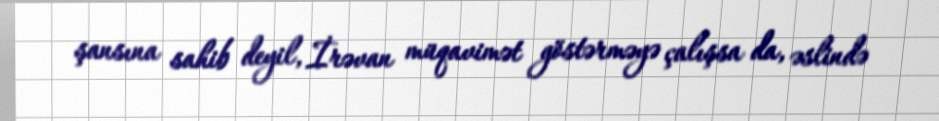
şansına sahib deyil, İrəvan müqavimət göstərməyə çalışsa da, əslində